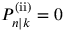
P _ { n | k } ^ { \mathrm { ( i i ) } } = 0